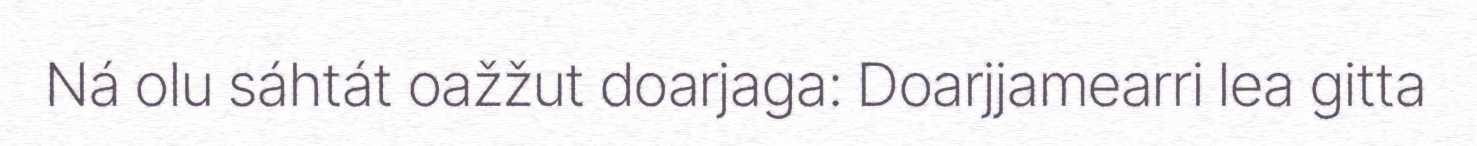
Ná olu sáhtát oažžut doarjaga: Doarjjamearri lea gitta